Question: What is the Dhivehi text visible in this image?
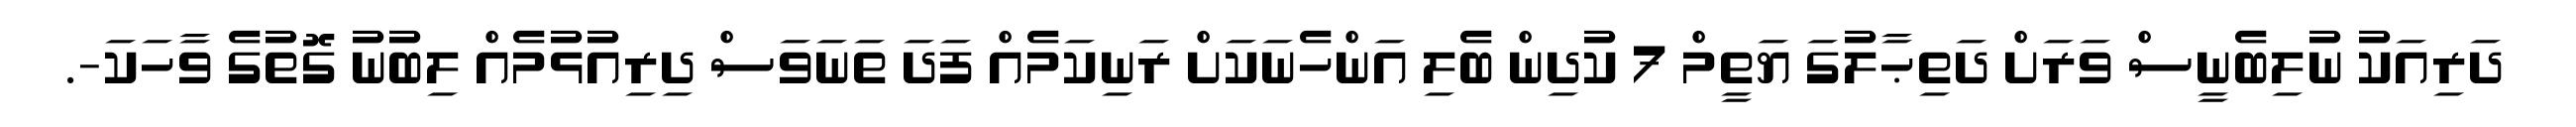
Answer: ދަރިއަކު ނުލިބެނީސް ވަރަށް ދަތިޙާލުގަ ޔަތީމް 7 ކުދިން ބެލި އަންހެނަކަށް ރަނިކަމެއް ފަދަ ތަނަވަސް ދިރިއުޅުމެއް ލިބުނު ގޮތުގެ ވާހަކަ-.